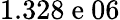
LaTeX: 1.328\mathrm{~e~}06